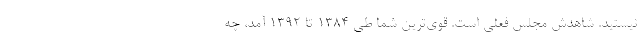
نیستید. شاهدش مجلس فعلی است. قوی‌ترین شما طی 1384 تا 1392 آمد، چه